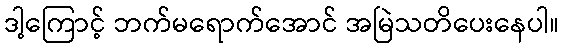
ဒါ့ကြောင့် ဘက်မရောက်အောင် အမြဲသတိပေးနေပါ။